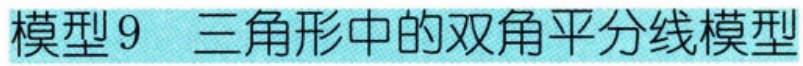
模型9 三角形中的双角平分线模型